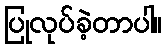
ပြုလုပ်ခဲ့တာပါ။